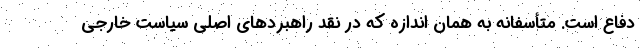
دفاع است. متأسفانه به همان اندازه که در نقد راهبردهای اصلی سیاست خارجی